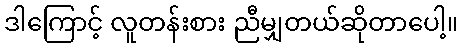
ဒါကြောင့် လူတန်းစား ညီမျှတယ်ဆိုတာပေါ့။